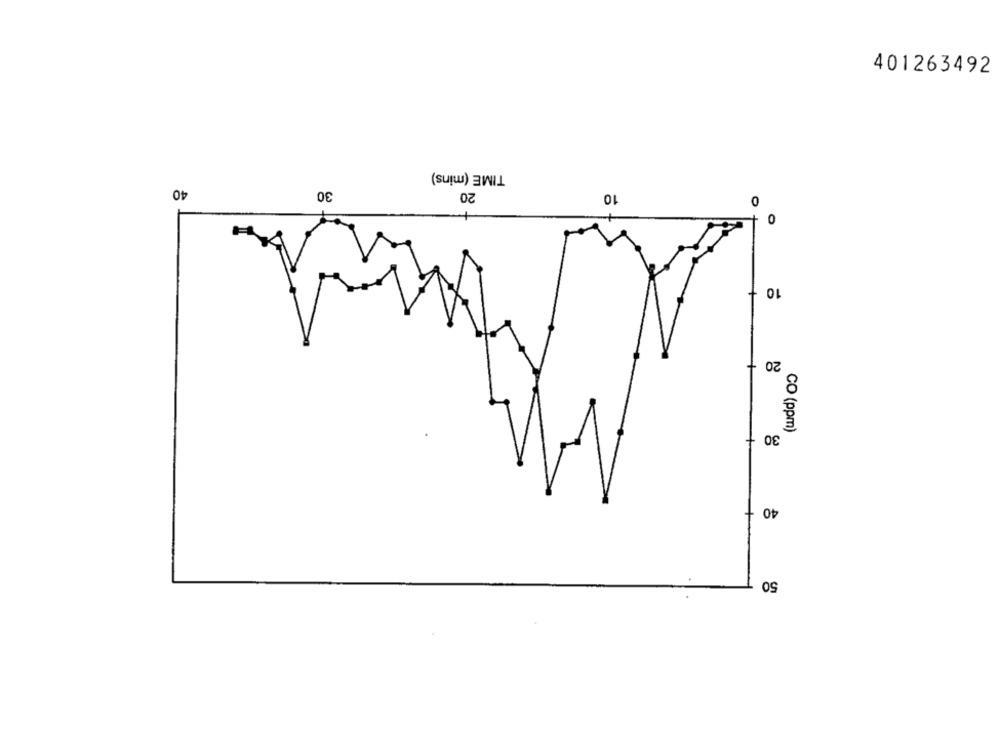
401263492
TIME (mins)
40
30
20
10
+
0
10
20
+
30
CO (ppm)
40-
50